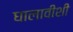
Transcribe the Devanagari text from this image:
घालावीशी